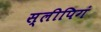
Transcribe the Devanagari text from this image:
स्लीपिगं